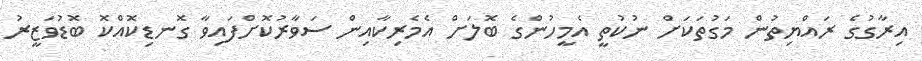
އިރާގުގެ ރައްޔިތުން މަގުތަކަށް ނުކުތީ އެމީހުންގެ ބޮލަށް އެމެރިކާއިން ސަވާރުކޮށްފައިވާ ގޮނޑިކޮއްކޮ ބޮޑުވަޒީރު